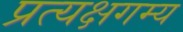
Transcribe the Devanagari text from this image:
प्रत्यक्षगम्य